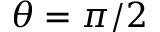
\theta = \pi / 2